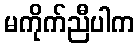
မကိုက်ညီပါက